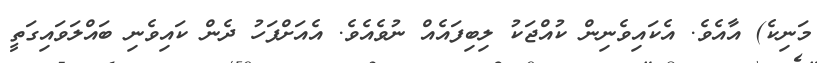
މަނިކެ) އާއެވެ. އެކައިވެނިން ކުއްޖަކު ލިބިފައެއް ނުވެއެވެ. އެއަށްފަހު ދެން ކައިވެނި ބައްލަވައިގަތީ